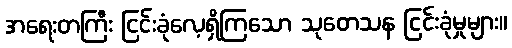
အရေးတကြီး ငြင်းခုံလေ့ရှိကြသော သုတေသန ငြင်းခုံမှုများ။